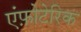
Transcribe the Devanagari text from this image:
एंफ़ोटेरिक